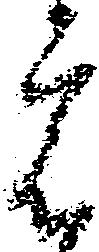
宿